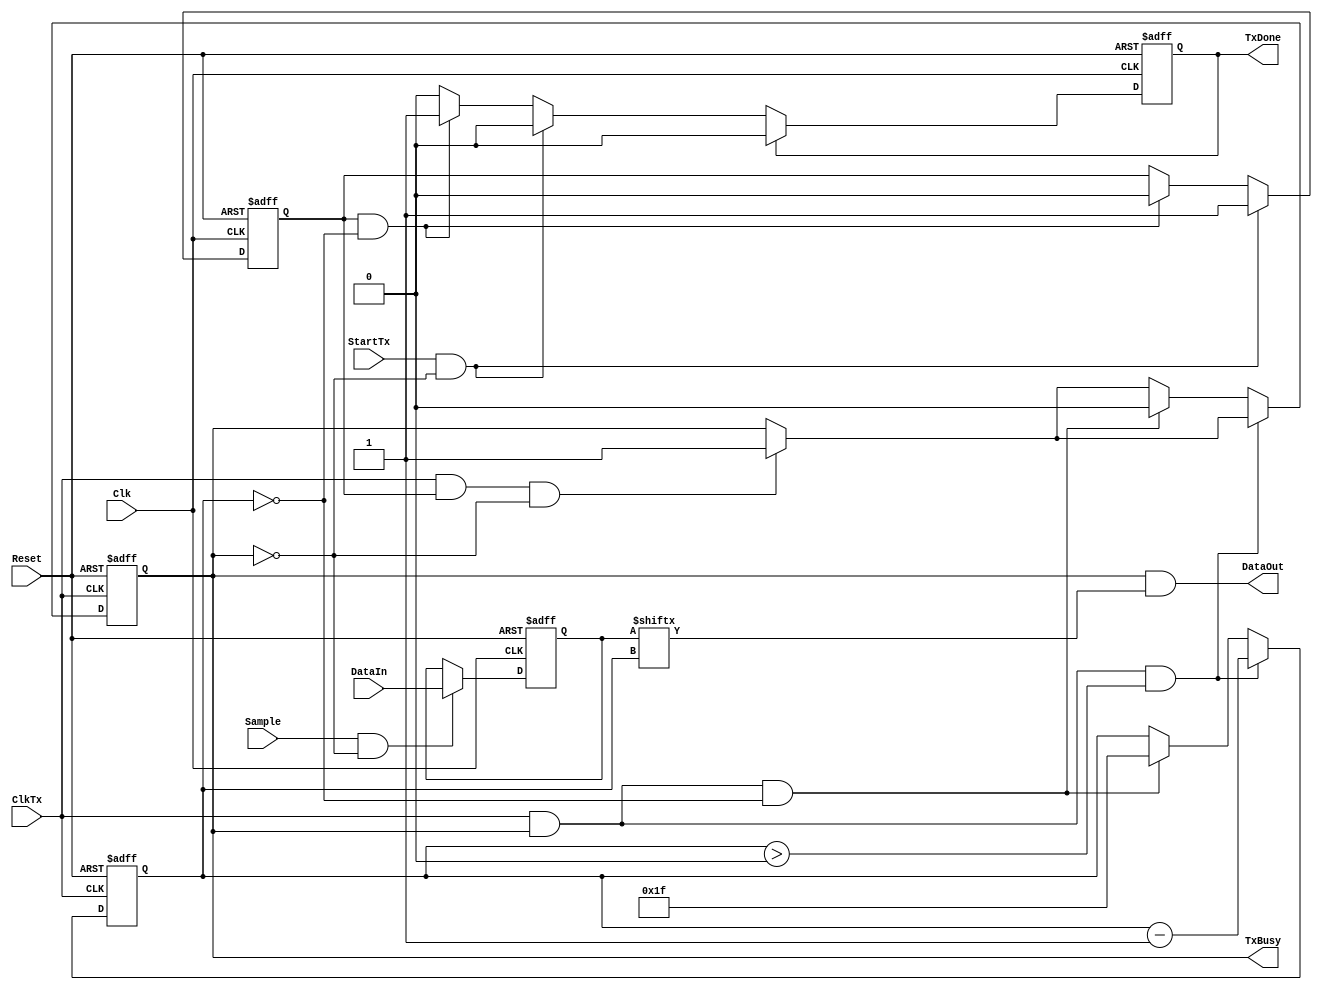
// Code your design here
module SerialTranceiver(
    input Reset,
    input Clk,

    input[31:0] DataIn,
    input Sample,
    input StartTx,
    input ClkTx,

    output TxBusy,
    output reg TxDone,
    output DataOut //working at ClkTx
);

    reg[31:0] DataInTmp;
    reg TransferData;
    reg TransferSerialInProgress;
    reg[31:0] CountDataBits;

    assign TxBusy = TransferSerialInProgress;

    assign DataOut = TransferSerialInProgress & DataInTmp[CountDataBits];

    always @(negedge Clk, posedge Reset)begin
        if(Reset)begin
            //reset internal logic
            DataInTmp <= 32'b0;
            TransferData <= 0;
          	TxDone <= 1'b0;
        end else begin
            if(Sample && !TxBusy)begin
                DataInTmp <= DataIn;
            end
            if(StartTx && !TxBusy) begin
                TransferData <= 1'b1;
            end else if(TransferData && CountDataBits == 32'h0)begin
                TransferData <= 1'b0;
                TxDone <= 1'b1;
            end
            if(TxDone)begin
                TxDone <= 1'b0;
            end
        end
    end

    always @(posedge ClkTx, posedge Reset)begin
        if(Reset)begin
            CountDataBits <= 32'd31;
            TransferSerialInProgress <= 1'b0;
        end else begin
            if(ClkTx && TransferData && !TransferSerialInProgress)begin
                TransferSerialInProgress <= 1'b1;
            end
            if(ClkTx && TransferSerialInProgress && CountDataBits > 0) begin
                CountDataBits <= CountDataBits - 1; 
            end else if(ClkTx && TransferSerialInProgress && CountDataBits == 0)begin
                TransferSerialInProgress <= 0;
                CountDataBits <= 32'd31;
            end
        end
    end
    
endmodule